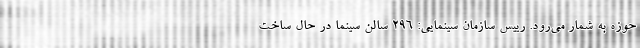
حوزه به شمار می‌رود. رییس سازمان سینمایی: ۲۹۶ سالن سینما در حال ساخت